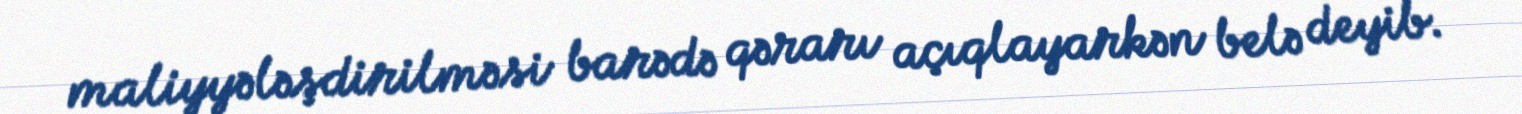
maliyyələşdirilməsi barədə qərarı açıqlayarkən belə deyib.